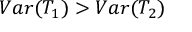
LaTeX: V a r ( T _ { 1 } ) > V a r ( T _ { 2 } )